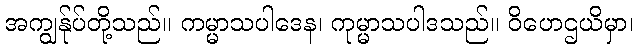
အကျွန်ုပ်တို့သည်။ ကမ္မာသပါဒေန၊ ကုမ္မာသပါဒသည်။ ဝိဟေဌယိမှာ၊